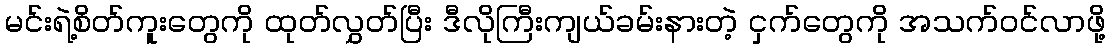
မင်းရဲ့စိတ်ကူးတွေကို ထုတ်လွှတ်ပြီး ဒီလိုကြီးကျယ်ခမ်းနားတဲ့ ငှက်တွေကို အသက်ဝင်လာဖို့